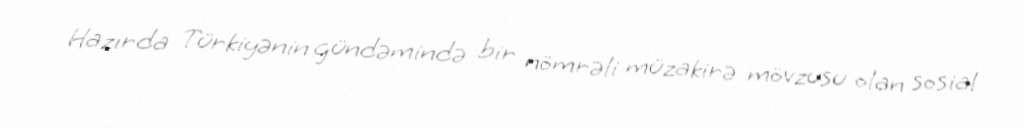
Hazırda Türkiyənin gündəmində bir nömrəli müzakirə mövzusu olan sosial